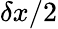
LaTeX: \delta x/2